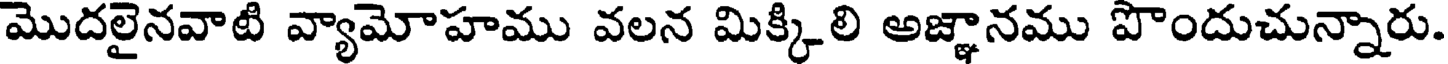
మొదలైనవాటి వ్యామోహము వలన మిక్కిలి అజ్ఞానము పొందుచున్నారు.